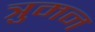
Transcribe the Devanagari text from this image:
त्रुमन